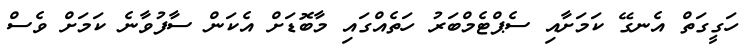
ހަގީގަތް އެނގޭ ކަމަށާއި ސެޕްޓެމްބަރު ހަތެއްގައި މާބޮޑަށް އެކަން ސާފުވާނެ ކަމަށް ވެސް